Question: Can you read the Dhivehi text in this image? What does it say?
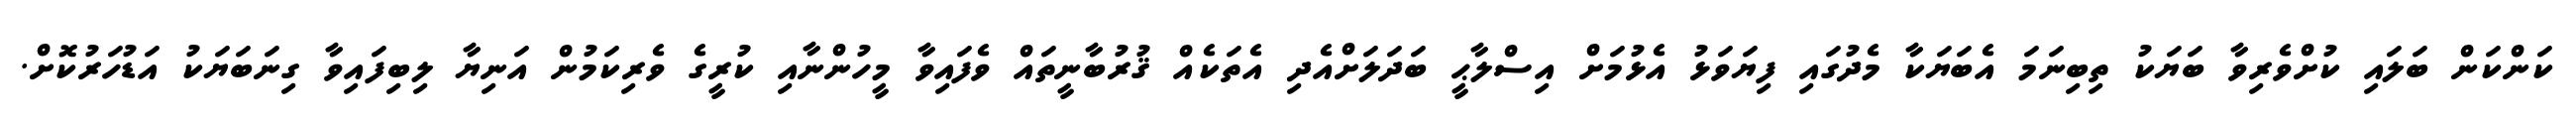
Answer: ކަންކަން ބަލައި ކުށްވެރިވާ ބަޔަކު ތިބިނަމަ އެބަޔަކާ މެދުގައި ފިޔަވަޅު އެޅުމަށް އިސްލާޙީ ބަދަލަށްއެދި އެތަކެއް ޤުރުބާނީތައް ވެފައިވާ މީހުންނާއި ކުރީގެ ވެރިކަމުން އަނިޔާ ލިބިފައިވާ ގިނަބަޔަކު އަޑުހަރުކޮށް.